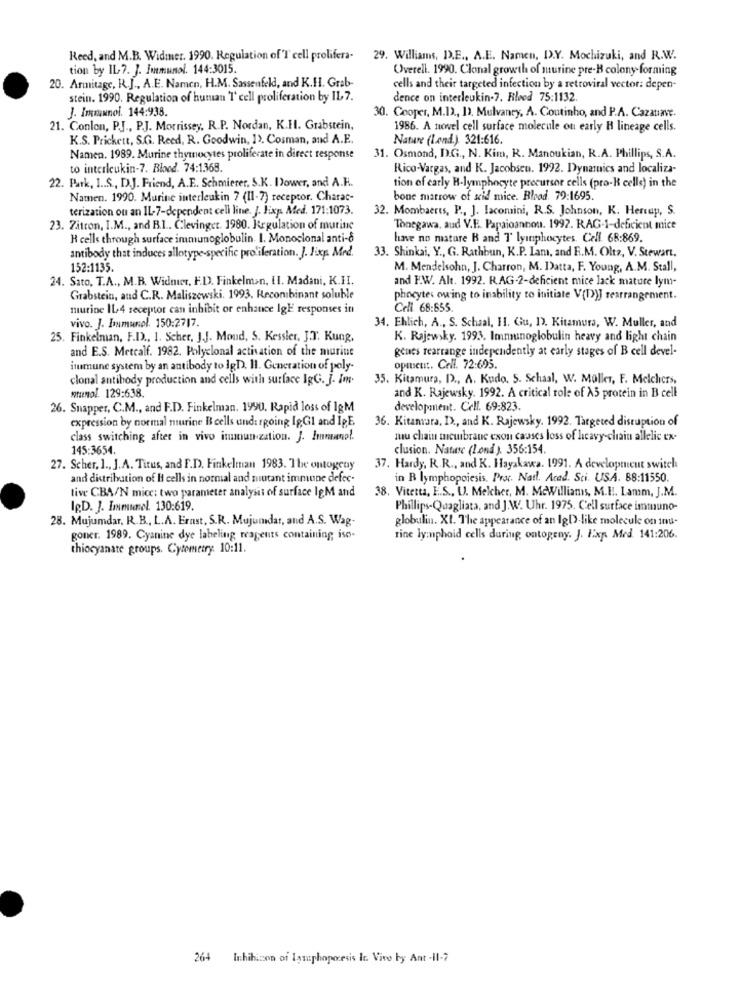
Reed, and M.B. Widmer. 1990. Regulation of'T cell prolifera- 29. Williams, D.E ., A.E. Namen, D.Y. Mochizuki, and R.W.
tion by IL- 7. J. Immunol. 144:3015.
Overell. 1990. Clonal growth of murine pre-H colony forming
20. Armitage, R.J ., A.E. Namen, H.M. Sassenfeld, and K.HI. Grab
cells and their targeted infection by a retroviral vector: depen-
stein. 1990. Regulation of human T' cell proliferation by IL7.
dence on interleukin-7. Bloed 75:1132
J. Immunol. 144:938
30. Cooper, M.D ., 1). Mulvaney, A. Coutinho, and P.A. Cazatiave.
21. Conlon, P.J ., P.J. Morrissey, R.P. Nordan, K.H. Grabstein,
1986. A novel cell surface molecule ou early H lineage cells.
K.S. Prickett, S.G. Reed, R. Goodwin, 1), Cosman, and A.E.
Nature (Lend.) 321:616.
Namen. 1989. Murine thymocytes proliferate in direct response
31. Osmond, D.G ., N. Kim, R. Manoukian, R.A. Phillips, S.A.
to interleukin-7. Bloed. 74:1.368.
Rico-Vargas, and K. Jacobsen. 1992. Dynamics and localiza-
22. Park, I .. $, D.J. Friend, A.F .. Schmierer, S.K. Dower, and A.H.
tion of carly H-lymphocyte precursor cells (pro-B cells) in the
Namen. 1990. Murine interleukin 7 (I1-7) receptor. Charac-
bone marrow of seid mice. Blad. 79:1695.
terization ou an IL-7-dependent cell line. J. Fixp. Med. 171:1073.
32. Mombaerts, P ., J. Iacomini, R.S. Johnson, K. Herup, S.
23. Zitron, I.M ., and B.1 .. Člevinger. 1980. Regulation of murine
Tonegawa, aud V.E. Papaioannon. 1992. RAG-1-deficient mice
H cells through surface immunoglobulin. I. Monoclonal anti-8
have no mature B and T' lymphocytes. Cell. 68:869.
33. Shinkai, Y ., G. Rathbun, K.P. Lam, and F.M. Olta, V. Stewart.
antibody that induces allotype-specific proliferation. J. Jixp. Med.
152:1135.
M. Mendelsohn, J. Charron, M. Datta, F. Young, A.M. Stall,
24. Sato, T.A ., M.B. Widmer, F.D. Finkelman, HI. Madani, K.II.
and F.W. Alt. 1992. R.AG-2-deficient mice lack mature lym-
Grabstein, and C.R. Maliszewski. 1993. Recombinant soluble
phocytes owing to inability to initiate V(D)J rearrangement.
murine IL 4 receptor can inhibit or enhance IgE responses in
Cell 68:855.
vivo. J. Inmunol. 150:2717.
34. Ehlich, A ., S. Schaal, H1. Gu, 1). Kitamura, W. Muller, and
25. Finkelman, F.D ., 1. Scher, J.J. Mond, S. Kessler, J.T. Kung,
K. Rajewsky. 1993. Immunoglobulin heavy and light chain
and E.S. Metcalf. 1982. Polyclonal activation of the murine
genes rearrange independently at early stages of B cell devel-
immune system by an antibody to IgD, Il. Generation of poly-
opment. Cell. 72:695.
clonal antibody production and cells with surface IgG. J. im.
35. Kitamura, D ., A. Kudo, 5. Schaal, W. Müller, F. Melchers,
sumol. 129:638.
and K. Rajewsky. 1992. A critical role of A5 protein in B cell
26. Snapper, C.M ., and F.D. Finkelman. 1990. Rapid loss of IgM
development. Cell. 69:823.
expression by normal murine Beells undergoing IgGI and IgE
36. Kitamara, I ., and K. Rajewsky. 1992. Targeted disruption of
class switching after in vivo inunun zation. J. Immunal.
muu chain membrane exon causes loss of heavy-chain allelic ex-
145:3654.
clusion. Nature (Lond ) 356:154
27. Scher, 1 ., J.A. Tirus, and F.D. Finkelman 1983. The ontogeny
37. Hardy, R.R ., and K. Hayakawa. 1991. A development switch
and distribution of H cells in normal and mutant immune defec-
in R lymphopoiesis. Proc. Natl. Acad. Sti. USA. 88:11550.
tive CBA/N mice: two parameter analysis of surface IgM and
38. Vitetta, E.S ., U. Melcher, M. McWilliams, M.I !. Lamm, J.M.
IgD. J. Immunel. 130:619.
Phillips-Quagliata, and J.W. Uhr. 1975. Cell surface immuno-
28. Mujumdar, R.B ., L.A. Ernst, S.R. Mujumdar, and A.S. Wag-
globulin. XI. The appearance of an IgD)-like molecule on inu.
goner. 1989. Cyanine dye labeling reagents containing iso-
rine lymphaid cells during ontogeny. J. Exp. Med. 141:206.
thiocyanate groups. Cytometry. 10:11.
264 Inhihizon of Iamphoporesis le. Vivo by Ant -il-7